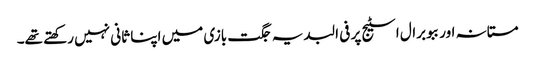
مستانہ اور ببو برال اسٹیج پر فی البدیہ جگت بازی میں اپنا ثانی نہیں رکھتے تھے۔